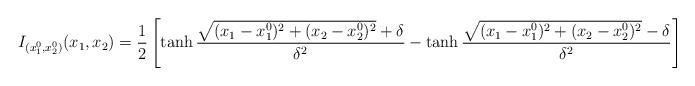
LaTeX: \begin{align*}I_{(x_1^0,x_2^0)}(x_1,x_2) = \frac{1}{2} \left[ \tanh \frac{\sqrt{(x_1-x_1^0)^2+(x_2-x_2^0)^2} + \delta}{\delta^2} - \tanh \frac{\sqrt{(x_1-x_1^0)^2+(x_2-x_2^0)^2} - \delta}{\delta^2} \right]\end{align*}